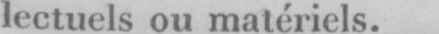
lectuels ou matériels.